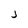
Character: j